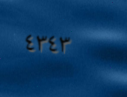
٤٣٤٣